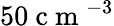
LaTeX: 50\mathrm{~c~m~}^{-3}